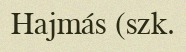
Hajmás (szk.